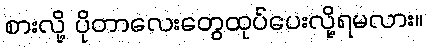
စားလို့ ပိုတာလေးတွေထုပ်ပေးလို့ရမလား။